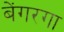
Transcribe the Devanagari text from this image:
बेंगरगा